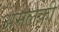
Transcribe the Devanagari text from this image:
अमलकी